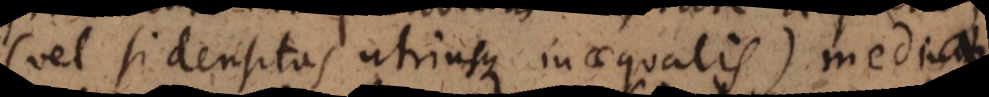
(vel si densitas utriusque inaequalis), mediae